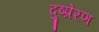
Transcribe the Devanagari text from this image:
दुष्प्रेरण